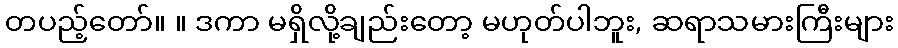
တပည့်တော်။ ။ ဒကာ မရှိလို့ချည်းတော့ မဟုတ်ပါဘူး, ဆရာသမားကြီးများ